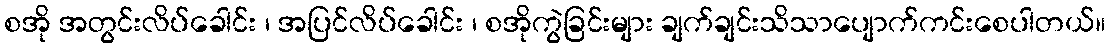
စအို အတွင်းလိပ်ခေါင်း ၊ အပြင်လိပ်ခေါင်း ၊ စအိုကွဲခြင်းများ ချက်ချင်းသိသာပျောက်ကင်းစေပါတယ်။